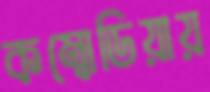
কম্বোডিয়ায়